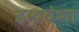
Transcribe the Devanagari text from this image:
इन्द्रवंशा